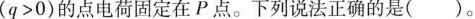
($$q > 0$$)的点电荷固定在P点。下列说法正确的是()。